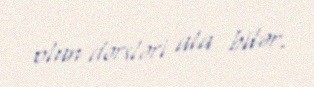
olan dərsləri ala bilər.